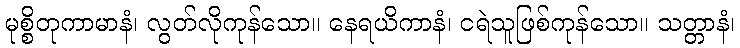
မုစ္စိတုကာမာနံ၊ လွတ်လိုကုန်သော။ နေရယိကာနံ၊ ငရဲသူဖြစ်ကုန်သော။ သတ္တာနံ၊